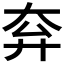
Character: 𡗹